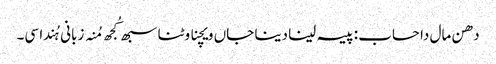
دھن مال دا حساب : پیسہ لینا دینا جاں ویچنا وٹنا سبھ کُجھ مُنہ زبانی ہُندا سی۔